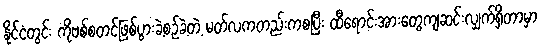
နိုင်ငံတွင်း ကိုဗစ်စတင်ဖြစ်ပွားခဲ့စဉ်ခဲ့တဲ့ မတ်လကတည်းကစပြီး ထီရောင်းအားတွေကျဆင်းလျှက်ရှိတာမှာ